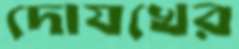
দোযখের